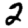
Digit: 2